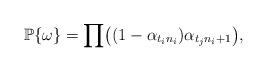
LaTeX: \begin{align*}\mathbb{P}\{\omega\} = \prod \bigl((1-\alpha_{t_i n_i})\alpha_{t_jn_i+1} \bigr),\end{align*}